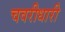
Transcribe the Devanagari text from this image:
चवरीधारी